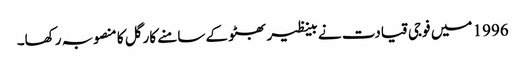
1996 میں فوجی قیادت نے بینظیر بھٹو کے سامنے کارگل کا منصوبہ رکھا۔